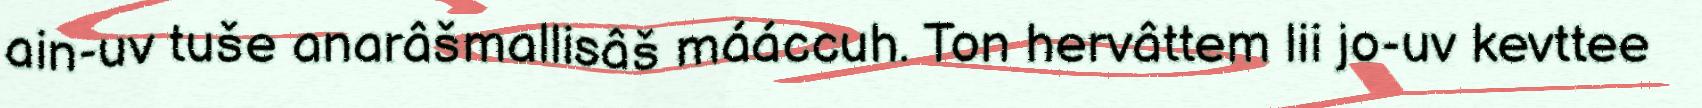
ain-uv tuše anarâšmallisâš mááccuh. Ton hervâttem lii jo-uv kevttee